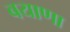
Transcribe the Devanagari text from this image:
बयाणा